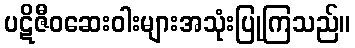
ပဋိဇီဝဆေးဝါးများအသုံးပြုကြသည်။